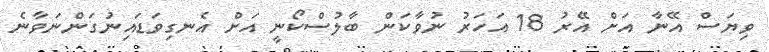
ވިޔަސް އޭނާ އަށް އޭރު 18 އަހަރު ނުވާކަން ބާލުސްކޯނީ އަށް އެނގިވަޑައިނުގަންނަވާނެ